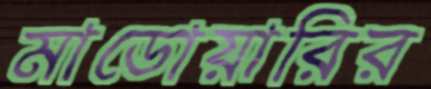
মাডোয়ারির